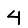
Digit: 4